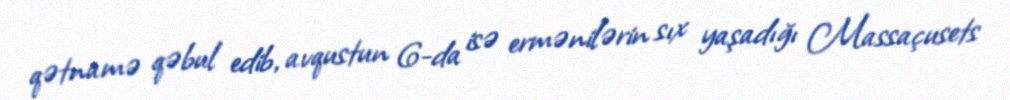
qətnamə qəbul edib, avqustun 6-da isə ermənilərin sıx yaşadığı Massaçusets